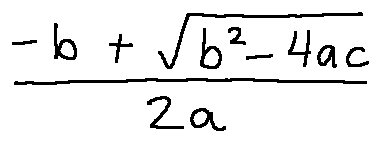
\frac { - b + \sqrt { b ^ { 2 } - 4 a c } } { 2 a }